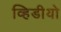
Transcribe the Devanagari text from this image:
व्हिडीयो